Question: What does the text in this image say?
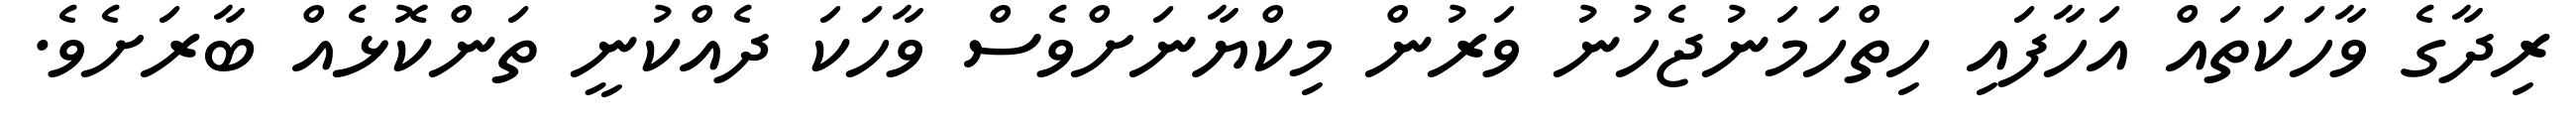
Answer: ރިދާގެ ވާހަކަތައް އަހާފައި ހިތްހަމަނުޖެހުނު ވަރުން މިކްޔާނަށްވެސް ވާހަކަ ދެއްކުނީ ތަންކޮޅެއް ބާރަށެވެ.